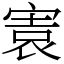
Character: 㝨